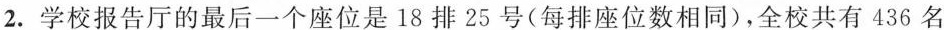
2.学校报告厅的最后一个座位是18排25号(每排座位数相同)，全校共有436名